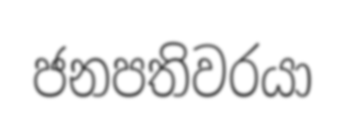
ජනපතිවරයා